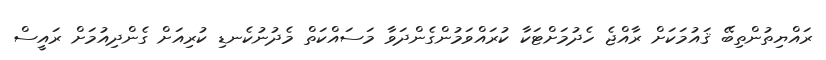
ރައްޔިތުންތިބޭ ޤައުމަކަށް ރާއްޖެ ހެދުމަށްޓަކާ ކުރައްވަމުންގެންދަވާ މަސައްކަތް މެދުނުކެނޑި ކުރިއަށް ގެންދިއުމަށް ރައީސް